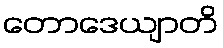
တောဒေယျာတိ